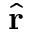
\hat { \mathbf { r } }